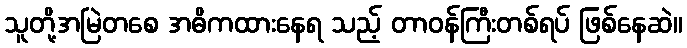
သူတို့အမြဲတစေ အဓိကထားနေရ သည့် တာဝန်ကြီးတစ်ရပ် ဖြစ်နေဆဲ။